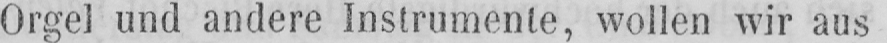
Orgel und andere Instrumente, wollen wir aus